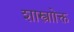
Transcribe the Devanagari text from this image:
शास्त्राोक्त